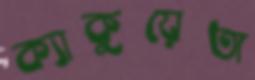
ক্যাকুয়েতা